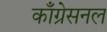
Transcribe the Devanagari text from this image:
काँग्रेसनल